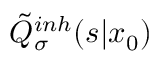
\tilde { Q } _ { \sigma } ^ { i n h } ( s | x _ { 0 } )